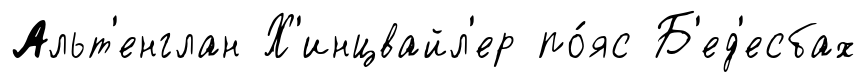
Альт'енглан Х'инцвайл'ер по́яс Б'ед'есбах